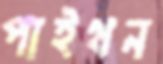
পাইথন